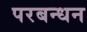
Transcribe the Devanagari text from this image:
परबन्धन